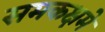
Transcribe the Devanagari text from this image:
समकक्षमे